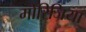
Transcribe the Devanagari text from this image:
मोरिजिया